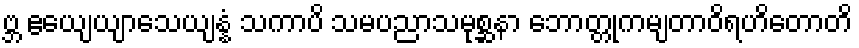
ဗ္ဘ ဧယျေယျာသေယျန္နံ သကာပိ သမပညာသမုစ္ဆနာ ဘောတ္တုကမျတာဝိရဟိတောတိ